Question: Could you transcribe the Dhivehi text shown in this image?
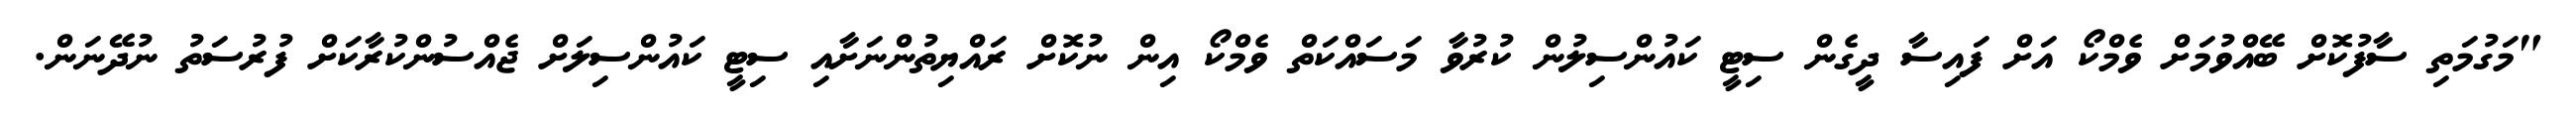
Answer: "މަގުމަތި ސާފުކޮށް ބޭއްވުމަށް ވެމްކޯ އަށް ފައިސާ ދީގެން ސިޓީ ކައުންސިލުން ކުރުވާ މަސައްކަތް ވެމްކޯ އިން ނުކޮށް ރައްޔިތުންނަށާއި ސިޓީ ކައުންސިލަށް ޖެއްސުންކުރާކަށް ފުރުސަތު ނުދޭނަން.